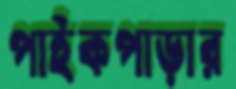
পাইকপাড়ার